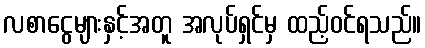
လစာငွေများနှင့်အတူ အလုပ်ရှင်မှ ထည့်ဝင်ရသည်။